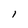
Character: l